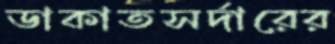
ডাকাতসর্দারের